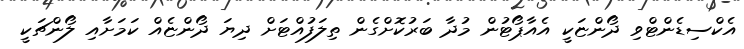
އެކްސިޑެންޓްވި ދޯންޏަކީ އެއާޕޯޓުން މުދާ ބަރުކޮށްގެން ތިލަފުއްޓަށް ދިޔަ ދޯންޏެއް ކަމަށާއި ލޯންޗަކީ